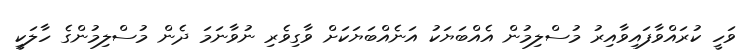
ވަހީ ކުރައްވާފައިވާއިރު މުސްލިމުން އެއްބަޔަކު އަނެއްބަޔަކަށް ވާގިވެރި ނުވާނަމަ ދެން މުސްލިމުންގެ ހާލަކީ